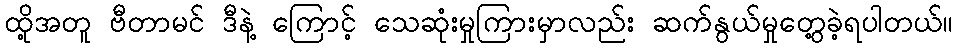
ထို့အတူ ဗီတာမင် ဒီနဲ့ ကြောင့် သေဆုံးမှုကြားမှာလည်း ဆက်နွယ်မှုတွေ့ခဲ့ရပါတယ်။